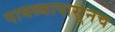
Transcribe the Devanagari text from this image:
पायथ्यापासूनच